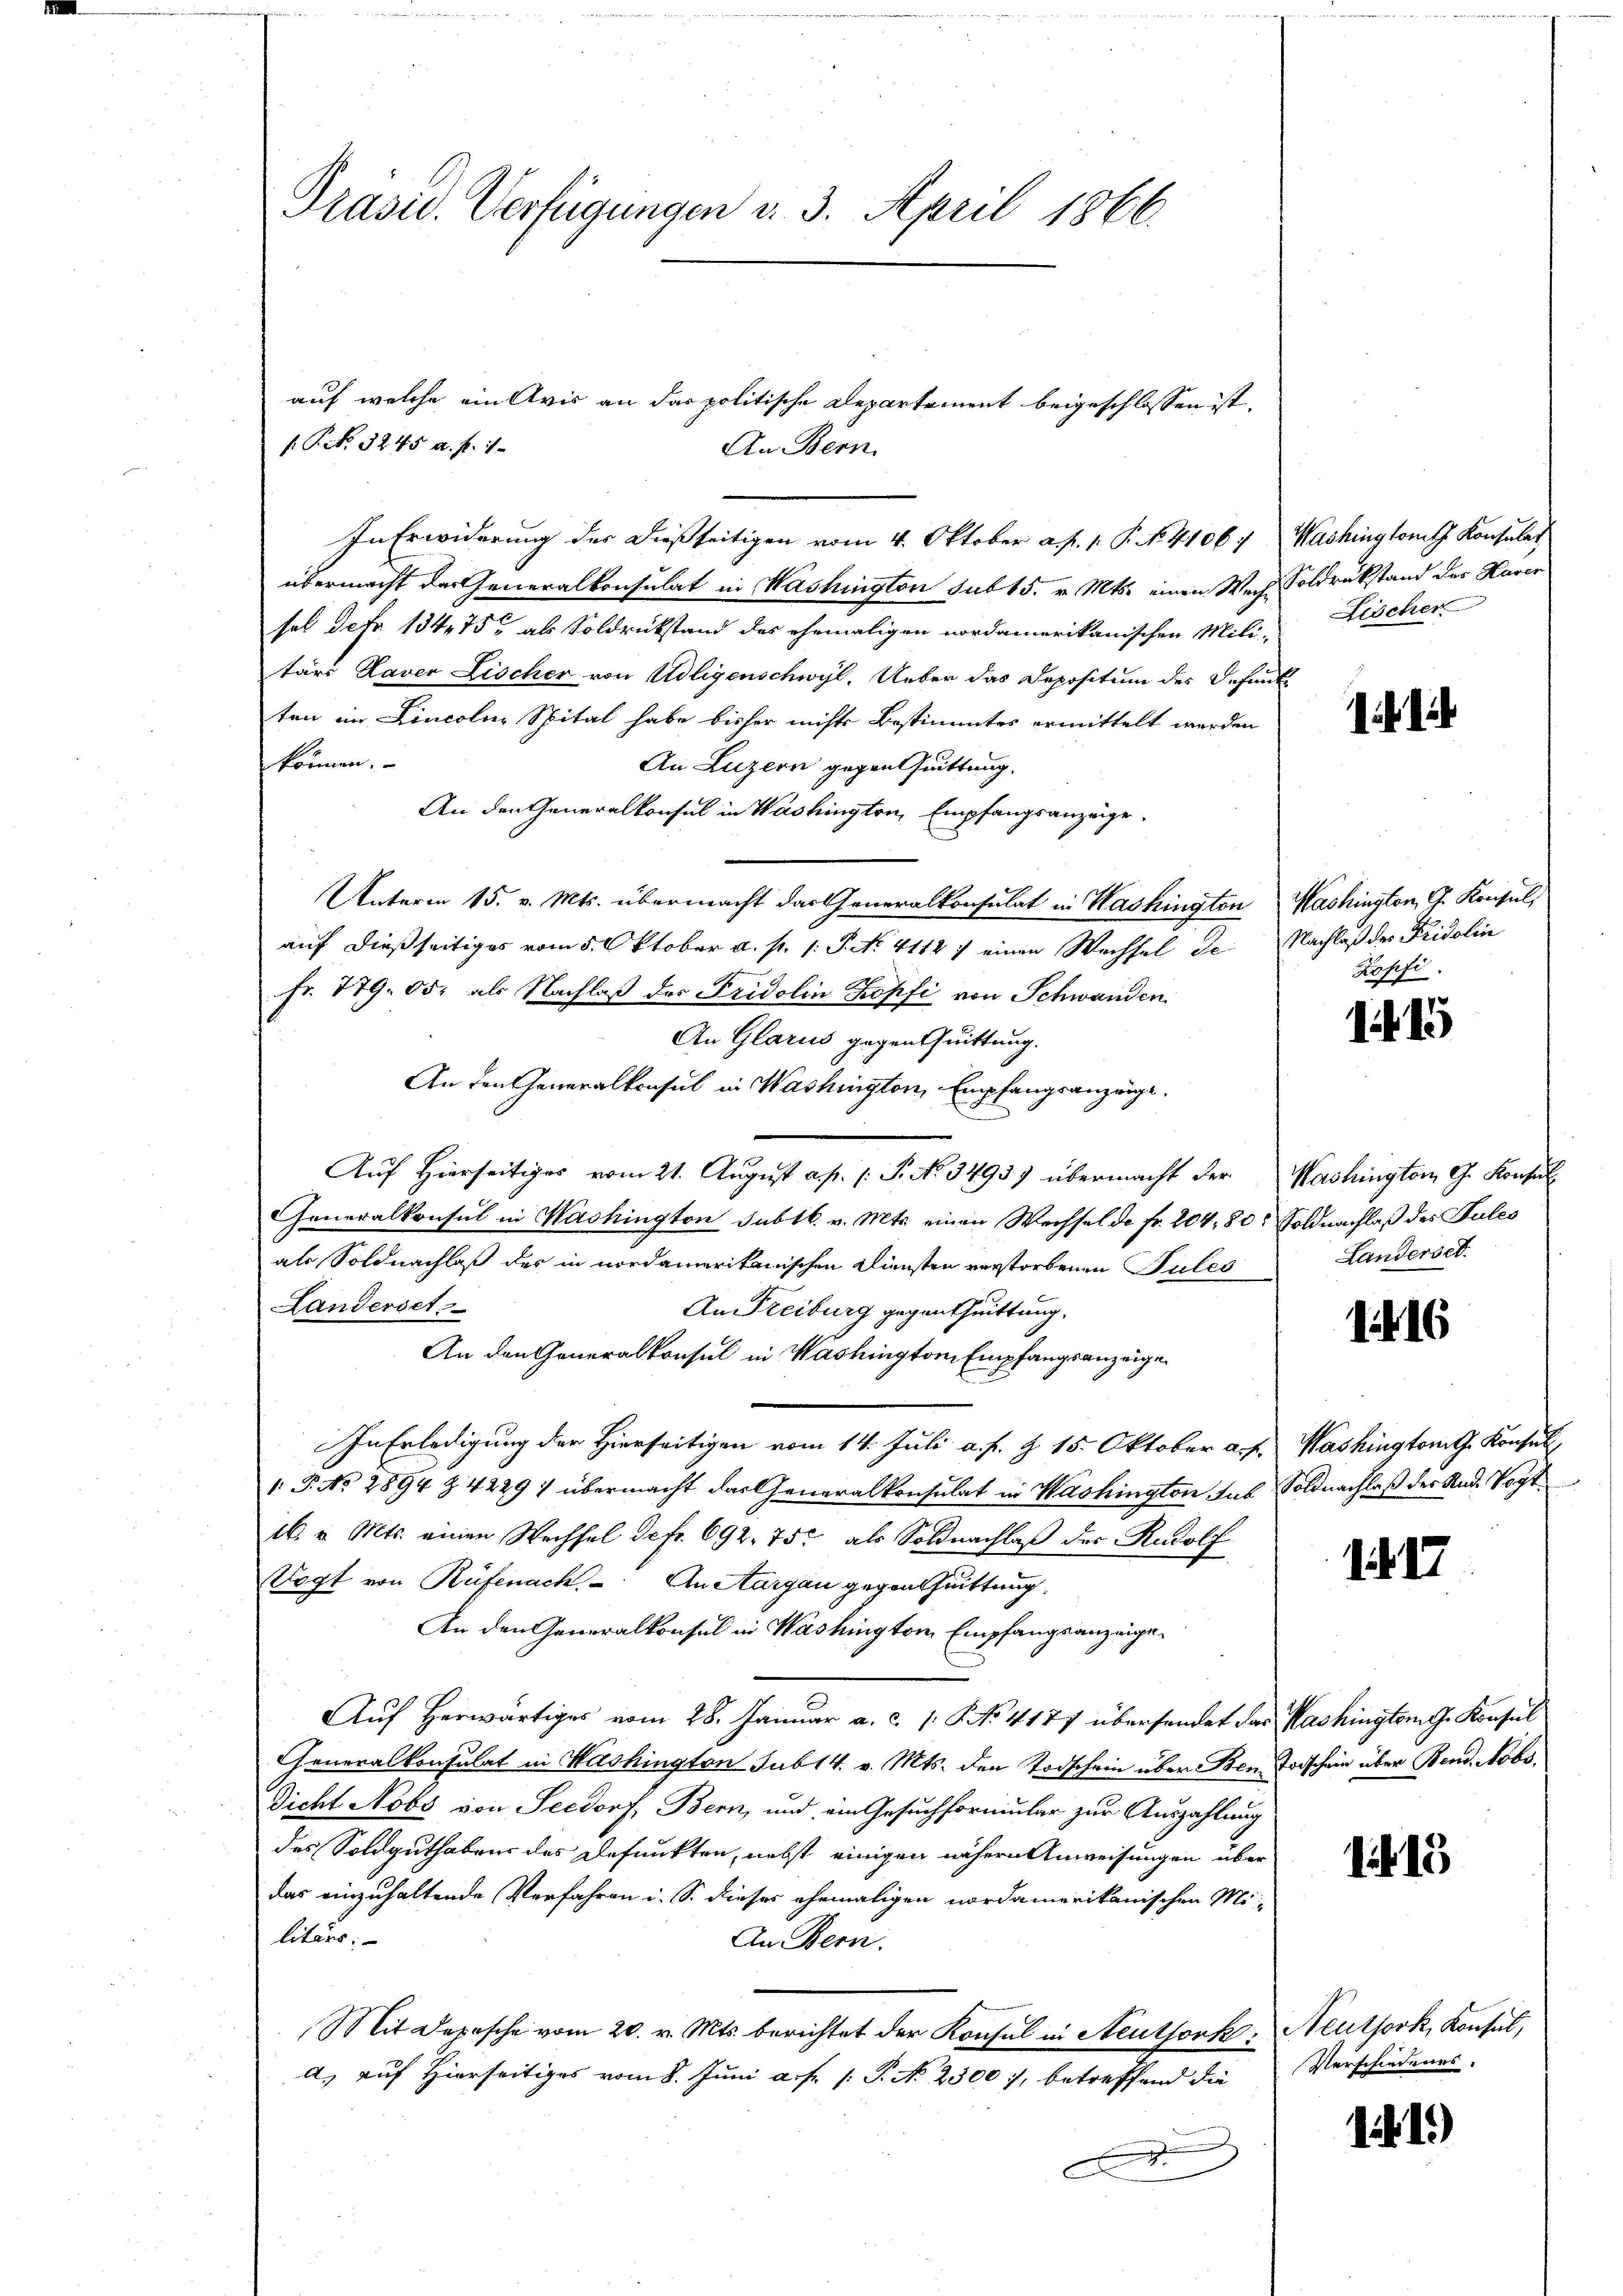
Prasis. Verfügungen v. 3. April 1866

P. No. 3245 a. f. 1.
In Erwiderung des dießseitigen vom 4. Oktober a. f. 1. P. No. 4106:
übermacht der Generalkonsulat in Washington sub 15. v. Mts. einen Wechsol Jahr 13475, als Soldrückstand des ehemaligen nordamerikanischen Mili-
tärs Daver Lischer von Adligenschwyl, Ueber das Depositum des Befundten in Lincolne Spital habe bisher nichts Bestimmtes ermittelt werden
können.
An Luzern gegen Quittung.
An den Generalkonsul in Washington, Empfangsanzeige.
Unterm 15. v. Mts. übermacht das Generalkonsulat in Washington
auf dießseitiges vom 5. Oktober a. p. 1. P. No. 41127 einen Wechsel de
Fr. 779. 00. als Nachlaß des Fridolin Kopfi von Schwanden
An Glarus gegen Quittung.
An den Generalkonsul in Washington, Empfangsanzeige.
Auf Hierseitiges vom 21. August a. p. 1. P. No. 3493) übermacht der
Generalkonsul in Washington subtb. v. Mts. einen Wechsel de fr. 204, 80, Soldnachlaß des Pules
als Soldnachlaß des in nordamerikanischen Diensten verstorbenen Pules
Landerset
An Freiburg gegenthuittung.
An den Generalkonsul in Washington Empfangsanzeige
In Erledigung der Hierseitigen vom 14. Juli a. f. 9 15. Oktober a. f. Washingtont. Konsul
1: P. No 2894 Z. 4229) übermacht das Generalkonsulat in Washington sub
16. v. Mts. einen Wechsel defr. 692. 75. als Soldnachlaß des Rudolf
Vogt von Rüfenach. An Aargau gegen huittung
An den Generalkonsul in Washington Empfangsanzeige¬
Auf herwärtiges vom 28. Januar a. c. 1: P. No 4177 übersendet das Washington G. Konsul
Generalkonsulat in Washington sub 14. v. Mts. den Todschein über Ben Todschein über Bend. Nobs.
Dicht Nobs von Seedorf, Bern, und ein Gesuchformular zur Auszahlung
des Soldguthaben des Defunkten, nebst einigen nähern Anweisungen über
das einzuhaltende Verfahren i. S. dieser ehemaligen nordamerikanischen Mi
litärs:
An Bern.
Mit Depesche vom 20. v. Mts. berichtet der Konsul in Neuthork
a) auf Hierseitiges vom 8. Juni a. f. 1: P. No 2300, betreffend die
A

auf welche ein Avis an das politische Departement beigeschlossen ist.
An Bern.

Washingtomth Konsulat
Soldrückstand des Haver
Fischer

Washington, G. Konsul
Nachlaß der Fridolin
Zopfi.

14 15

Washington G. Konsul
Landerset.

1.416

Soldnachlaß der And. Vogt

1. d. 17

113

Neuthork, Konsul,
Verschiedenes.

1 1.)